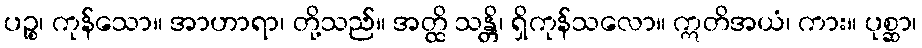
ပဉ္စ၊ ကုန်သော။ အာဟာရာ၊ တို့သည်။ အတ္ထိ သန္တိ၊ ရှိကုန်သလော။ ဣတိအယံ၊ ကား။ ပုစ္ဆာ၊